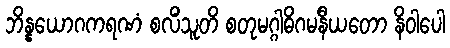
ဘိန္နယောဂကရဏံ စလိံသူတိ စတုမဂ္ဂါဓိဂမနီယတော နိဝါပေါ